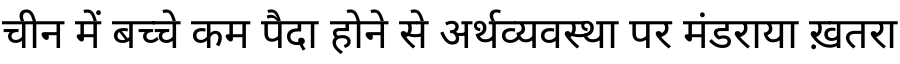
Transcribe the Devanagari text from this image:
चीन में बच्चे कम पैदा होने से अर्थव्यवस्था पर मंडराया ख़तरा